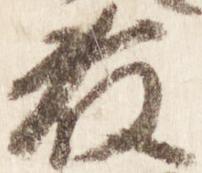
藤